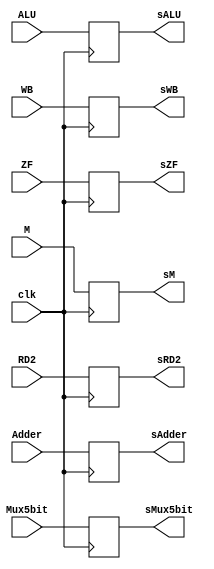
`timescale 1ns/1ns 

//Creacion del modulo de I/O
module buffer3(
    input [31:0]Adder,
    input [31:0]ALU,
    input [31:0]RD2,
    input [4:0]Mux5bit,
    input [1:0]WB,
    input [2:0]M,
    input ZF,
    input clk,
    output reg[31:0]sAdder,
    output reg[31:0]sALU,
    output reg[31:0]sRD2,
    output reg[4:0]sMux5bit,
    output reg[1:0]sWB,
    output reg sZF,
    output reg [2:0]sM
);

//Asignacion de reg o wire
//NA

//Asignaciones, e/o instancias, y/o bloques secuenciales
always @ (posedge clk) begin
    sAdder <= Adder;
    sALU  <= ALU;
    sRD2 <= RD2;
    sMux5bit <= Mux5bit;
    sWB <= WB;
    sZF <= ZF;
    sM <= M;
end

endmodule